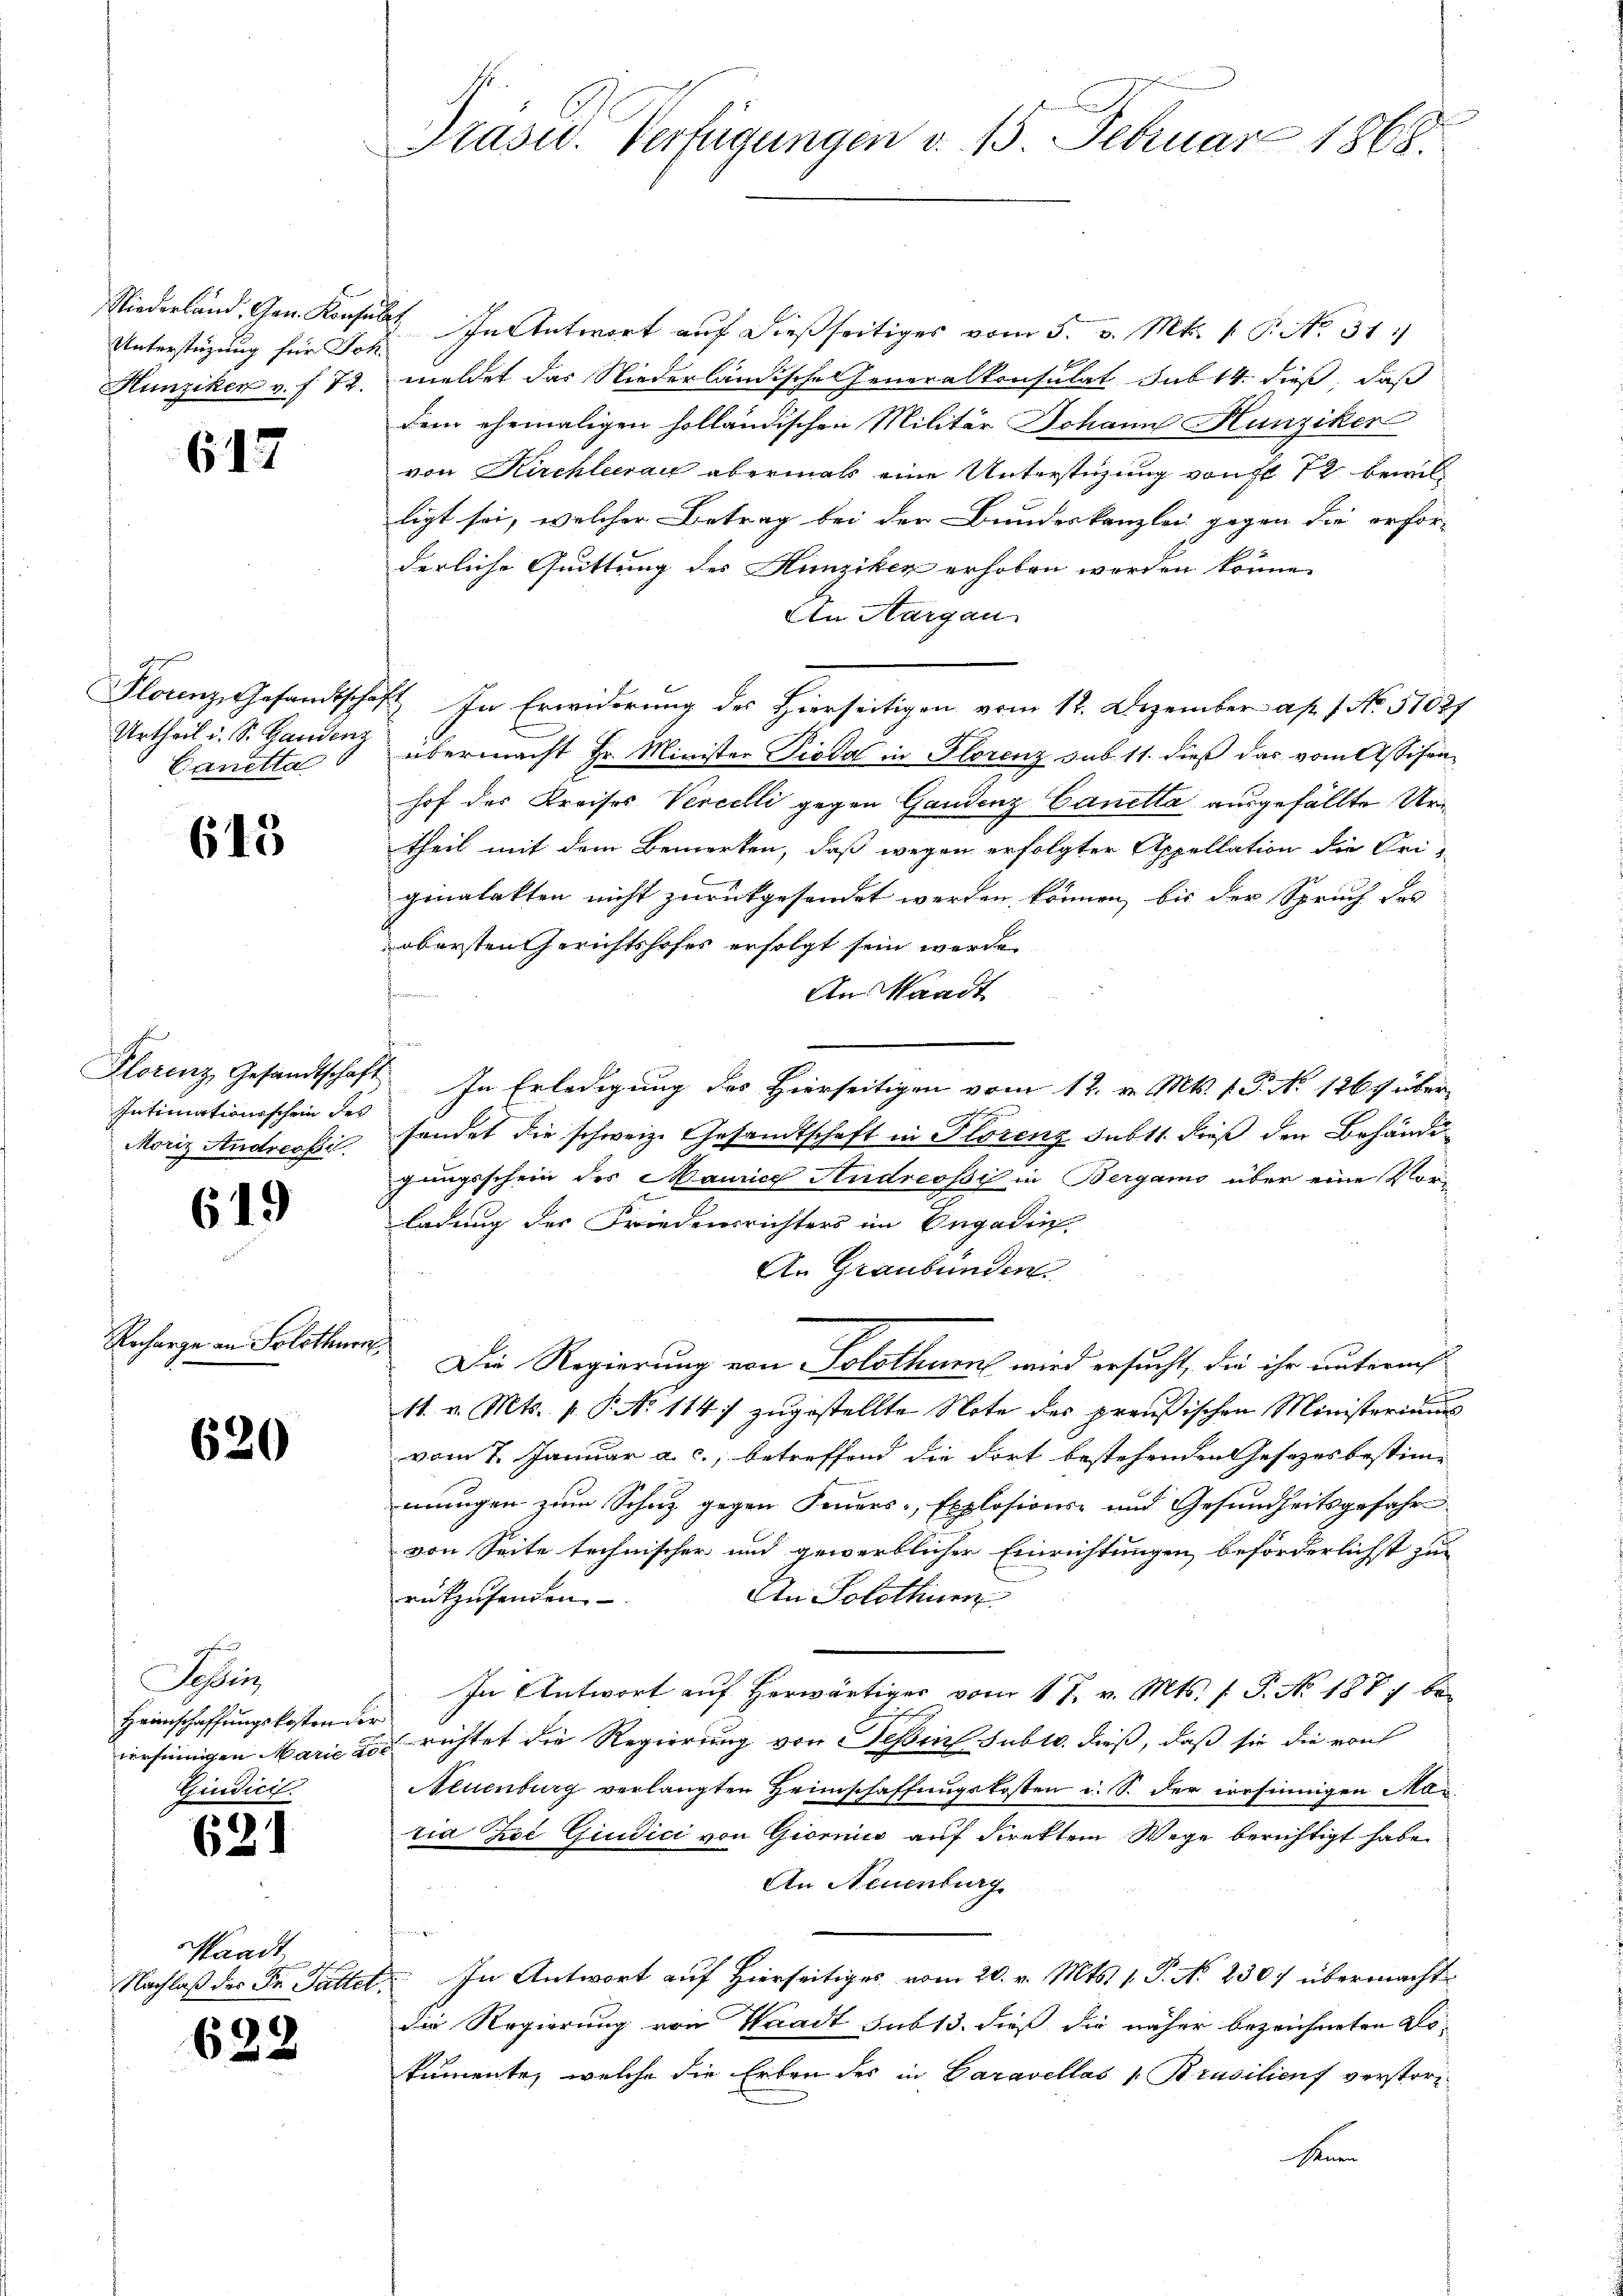
Unterstüzung für Joh.

617

Urtheil d. S. Handenz
Canetta

643

Intimationsschein des

619

Recharge an Solothurn

620

Sei
Heimschaffungskosten der
u

621

Waadt,

622

Niederland. Gen. Konsult. In Antwort auf dießseitiges vom 5. v. Mts. 1. P. No. 31.
Hunziker v. f. 72. meldet das Niederländische Generalkonsulat sub 14. dieß, daß
dem ehemaligen holländischen Militär Johann Hunziker
von Kirchlera abermals eine Unterstüzung von fl 12 bewilligt sei, welcher Betrag bei der Bundeskanzlei gegen die erfor-
derliche Quittung des Hunziker erhoben werden könne.
An Aargau
Florenz, Gesandtschaft In Erwiderung des Hierseitigen vom 12. Dezember ap. 1 No. 51827
übermacht Hr. Minister Pioda in Florenz sub 11. dieß das vom Assisen
hof des Kreises Vercelli gegen Gandenz Canetta ausgefällte Urtheil mit dem Bemerken, daß wegen erfolgter Appellation die Friginalakten nicht zurückgesendet werden können, bis der Spruch des
obersten Gerichtshofes erfolgt sein werde.
An Standt
h
Florenz, Gesandtschaft. In Erledigung des Hierseitigen vom 12. v. Mts. 1. P. No 1264 übero
Moriz Andressi sondet die schweiz. Gesandtschaft in Florenz Subst dieß den Behändigungsschein des Maurice Andreosi in Bergamo über eine Vorladung des Friedensrichters im Engadin,
An Graubünden
Die Regierung von Solothurn wird ersucht, die ihr autremis
11. v. Mts. v. P. No 1147 zugestellte Note des preußischen Ministeriums
vom 7. Januar a. c., betreffend die dort bestehenden Gesetzes bestimmungen zum Schuz gegen Feuers-, Explosions- und Gesundheitsgefahr
von Seite technischer und gewerblicher Einrichtungen beförderlichst zur
An Solothur
rukzusenden.
In Antwort auf herwärtiger vom 17. v. Mts. f. P. No 1877 bei
versinnigen Marie die richtet die Regierung von Teßin suble. dieß, daß sie die von
Neuenburg verlangten Heimschaffungskosten u. S. der irrsinnigen Maria Zoe Giudici von Giornir auf direktem Wege berichtigt habe.
An Neuenburg

Nachlaß der Dr. Fattet. In Antwort auf Hierseitiges vom 20. v. Mts. 1. P. No 230. übermacht
die Regierung von Waadt sub 13. dieß die näher bezeichneten Lokumente, welche die Erben des in Garavellos 1. Brasilienf verstor¬
Men

Präsid. Verfügungen d. 15. Februar 1868.